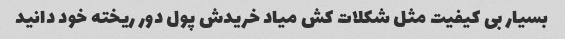
بسیار بی کیفیت مثل شکلات کش میاد خریدش پول دور ریخته خود دانید